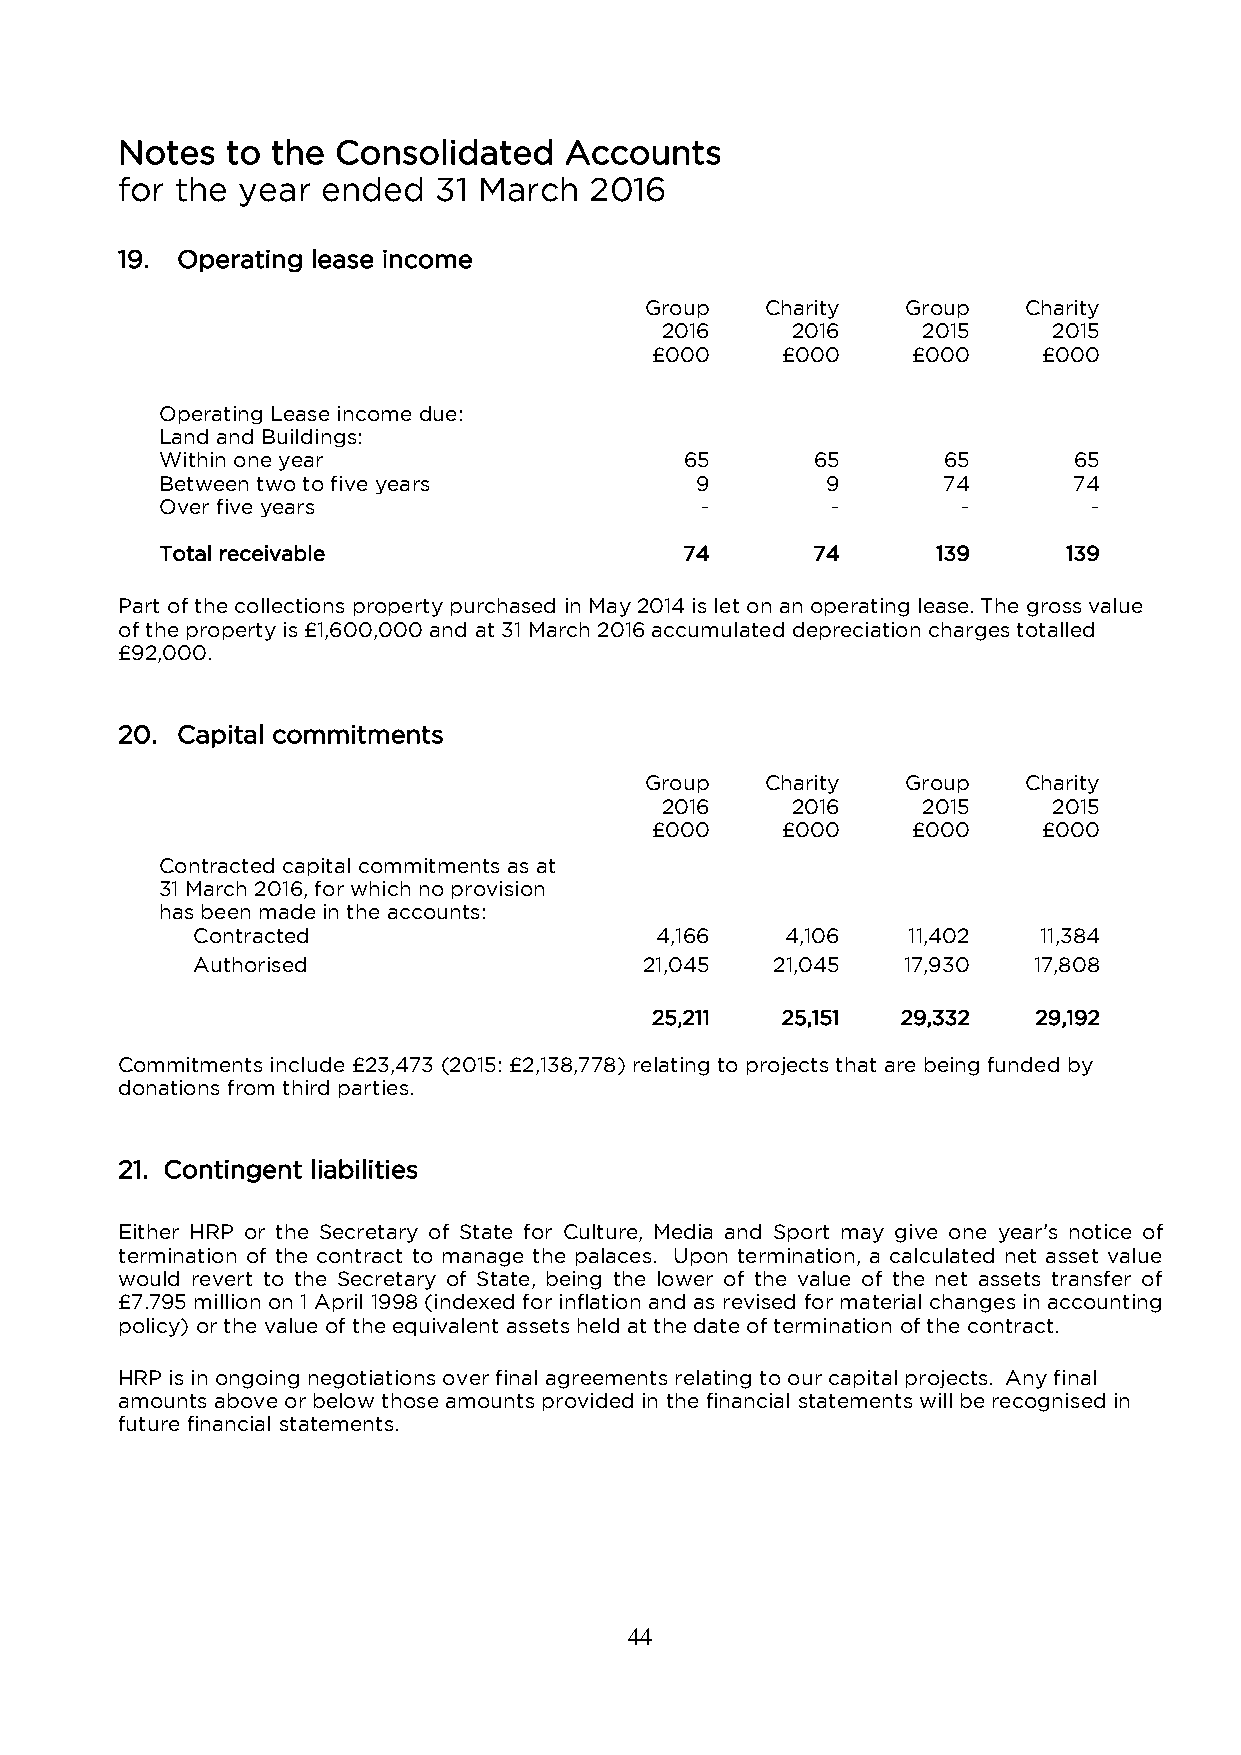
Notes  to the Consolidated   Accounts
 for the year ended   31 March  2016
 19. Operating lease income
 Group   Charity  Group   Charity
 2016    2016     2015     2015
 £000     £000    £000     £000
 Operating Lease income due:
 Land and Buildings:
 Within one year                   65       65      65       65
 Between two to five years          9        9      74       74
 Over five years                    -        -        -       -
 Total receivable                  74       74      139      139
 Part of the collections property purchased in May 2014 is let on an operating lease. The gross value
 of the property is £1,600,000 and at 31 March 2016 accumulated depreciation charges totalled
 £92,000.
 20. Capital commitments
 Group   Charity  Group   Charity
 2016    2016     2015     2015
 £000     £000    £000     £000
 Contracted capital commitments as at
 31 March 2016, for which no provision
 has been made in the accounts:
 Contracted                    4,166    4,106   11,402   11,384
 Authorised                    21,045  21,045   17,930  17,808
 25,211   25,151  29,332   29,192
 Commitments include £23,473 (2015: £2,138,778) relating to projects that are being funded by
 donations from third parties.
 21. Contingent liabilities
 Either HRP or the Secretary of State for Culture, Media and Sport may give one year’s notice of
 termination of the contract to manage the palaces. Upon termination, a calculated net asset value
 would revert to the Secretary of State, being the lower of the value of the net assets transfer of
 £7.795 million on 1 April 1998 (indexed for inflation and as revised for material changes in accounting
 policy) or the value of the equivalent assets held at the date of termination of the contract.
 HRP is in ongoing negotiations over final agreements relating to our capital projects. Any final
 amounts above or below those amounts provided in the financial statements will be recognised in
 future financial statements.
 44